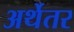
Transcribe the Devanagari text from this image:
अर्थेतर